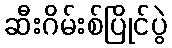
ဆီးဂိမ်းစ်ပြိုင်ပွဲ